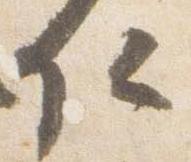
仁